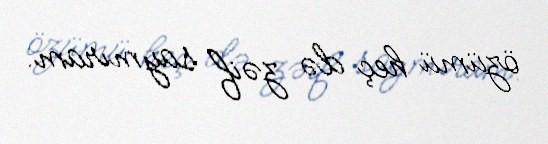
özümü heç də zəif saymıram.